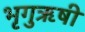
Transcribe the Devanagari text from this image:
भृगुऋषी